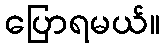
ပြောရမယ်။